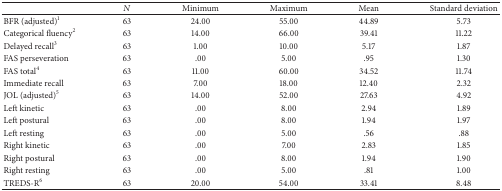
|  | N | Minimum | Maximum | Mean | Standard deviation |
 | --- | --- | --- | --- | --- | --- |
 | BFR (adjusted)1 | 63 | 24.00 | 55.00 | 44.89 | 5.73 |
 | Categorical fluency2 | 63 | 14.00 | 66.00 | 39.41 | 11.22 |
 | Delayed recall3 | 63 | 1.00 | 10.00 | 5.17 | 1.87 |
 | FAS perseveration | 63 | .00 | 5.00 | .95 | 1.30 |
 | FAS total4 | 63 | 11.00 | 60.00 | 34.52 | 11.74 |
 | Immediate recall | 63 | 7.00 | 18.00 | 12.40 | 2.32 |
 | JOL (adjusted)5 | 63 | 14.00 | 52.00 | 27.63 | 4.92 |
 | Left kinetic | 63 | .00 | 8.00 | 2.94 | 1.89 |
 | Left postural | 63 | .00 | 8.00 | 1.94 | 1.97 |
 | Left resting | 63 | .00 | 5.00 | .56 | .88 |
 | Right kinetic | 63 | .00 | 7.00 | 2.83 | 1.85 |
 | Right postural | 63 | .00 | 8.00 | 1.94 | 1.90 |
 | Right resting | 63 | .00 | 5.00 | .81 | 1.00 |
 | TREDS-R6 | 63 | 20.00 | 54.00 | 33.41 | 8.48 |